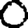
Digit: 0